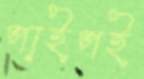
পাইপই